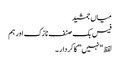
میاں جمشید
فیس بک صنف نازک اور ہم
لفظ “نہیں” کا کردار ۔